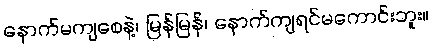
နောက်မကျစေနဲ့၊ မြန်မြန်၊ နောက်ကျရင်မကောင်းဘူး။